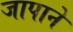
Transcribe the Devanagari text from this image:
जापाने